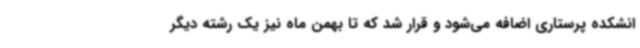
انشکده پرستاری اضافه می‌شود و قرار شد که تا بهمن ماه نیز یک رشته دیگر